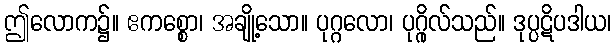
ဤလောက၌။ ဧကစ္စော၊ အချို့သော။ ပုဂ္ဂလော၊ ပုဂ္ဂိုလ်သည်။ ဒုပ္ပဋိပဒါယ၊